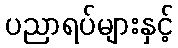
ပညာရပ်များနှင့်